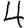
Digit: 4